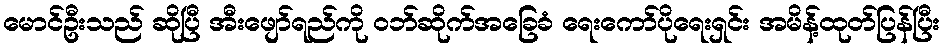
မောင်ဦးသည် ဆိုပြီ အီးဖျော်ရည်ကို ဝဘ်ဆိုက်အခြေခံ ရေးကော်ပိုရေးရှင်း အမိန့်ထုတ်ပြန်ပြီး